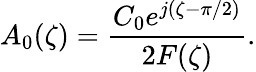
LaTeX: A_{0}(\zeta)=\frac{C_{0}e^{j(\zeta-\pi/2)}}{2F(\zeta)}.